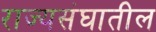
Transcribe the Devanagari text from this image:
राज्यसंघातील